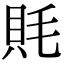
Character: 㲘